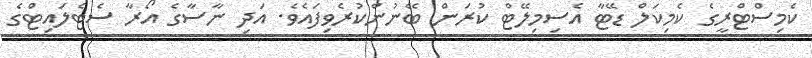
ކެމިސްޓްރީގެ ކެމިކަލް ޑޭޓާ އެސިމިލޭޓް ކުރަން ބޭނުންކުރެވިފައެވެ. އަދި ނާސާގެ އޯރާ ސެޓެލައިޓްގެ